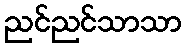
ညင်ညင်သာသာ